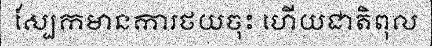
ស្បែកមានការថយចុះ ហើយជាតិពុល